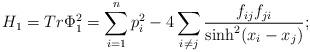
LaTeX: \begin{align*} H_1=Tr \Phi_1^2= \sum_{i=1}^n p_i^2- 4 \sum_{i\neq j} \frac {f_{ij}f_{ji}} {\sinh^2(x_i-x_j)};\end{align*}